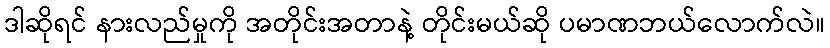
ဒါဆိုရင် နားလည်မှုကို အတိုင်းအတာနဲ့ တိုင်းမယ်ဆို ပမာဏဘယ်လောက်လဲ။